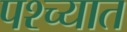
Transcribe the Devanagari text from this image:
पश्‍च्यात